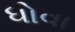
ધોવા